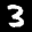
Label: 3